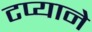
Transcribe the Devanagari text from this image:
टप्याने